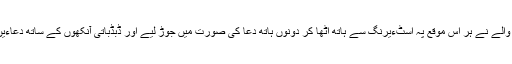
ہمارے ٹیکسی والے نے ہر اس موقع پہ اسٹءیرنگ سے ہاتھ اٹھا کر دونوں ہاتھ دعا کی صورت میں جوڑ لیے اور ڈبڈباتی آنکھوں کے ساتھ دعاءیں بڑبڑانے لگا۔